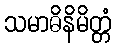
သမာဓိနိမိတ္တံ